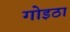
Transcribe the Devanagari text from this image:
गोइठा